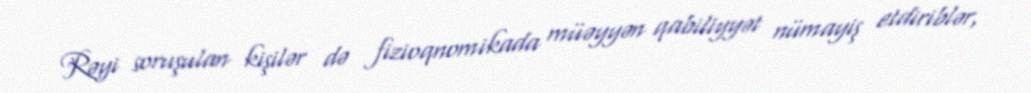
Rəyi soruşulan kişilər də fizioqnomikada müəyyən qabiliyyət nümayiş etdiriblər,